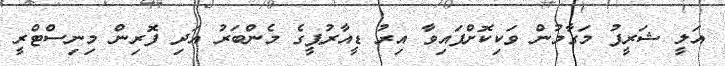
އަލީ ޝަރީފު މަގާމުން ވަކިކޮށްފައިވާ އިރު ޑީއާރުޕީގެ މެންބަރު އަދި ފޮރިން މިނިސްޓްރީ